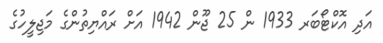
އަދި އޮކްޓޯބަރ 1933 ން 25 ޖޫން 1942 އަށް ރައްޔިތުންގެ މަޖިލީހުގެ